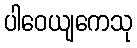
ပါဝေယျကေသု